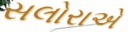
સલોરાએ